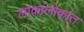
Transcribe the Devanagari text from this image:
लोकांलोकांत